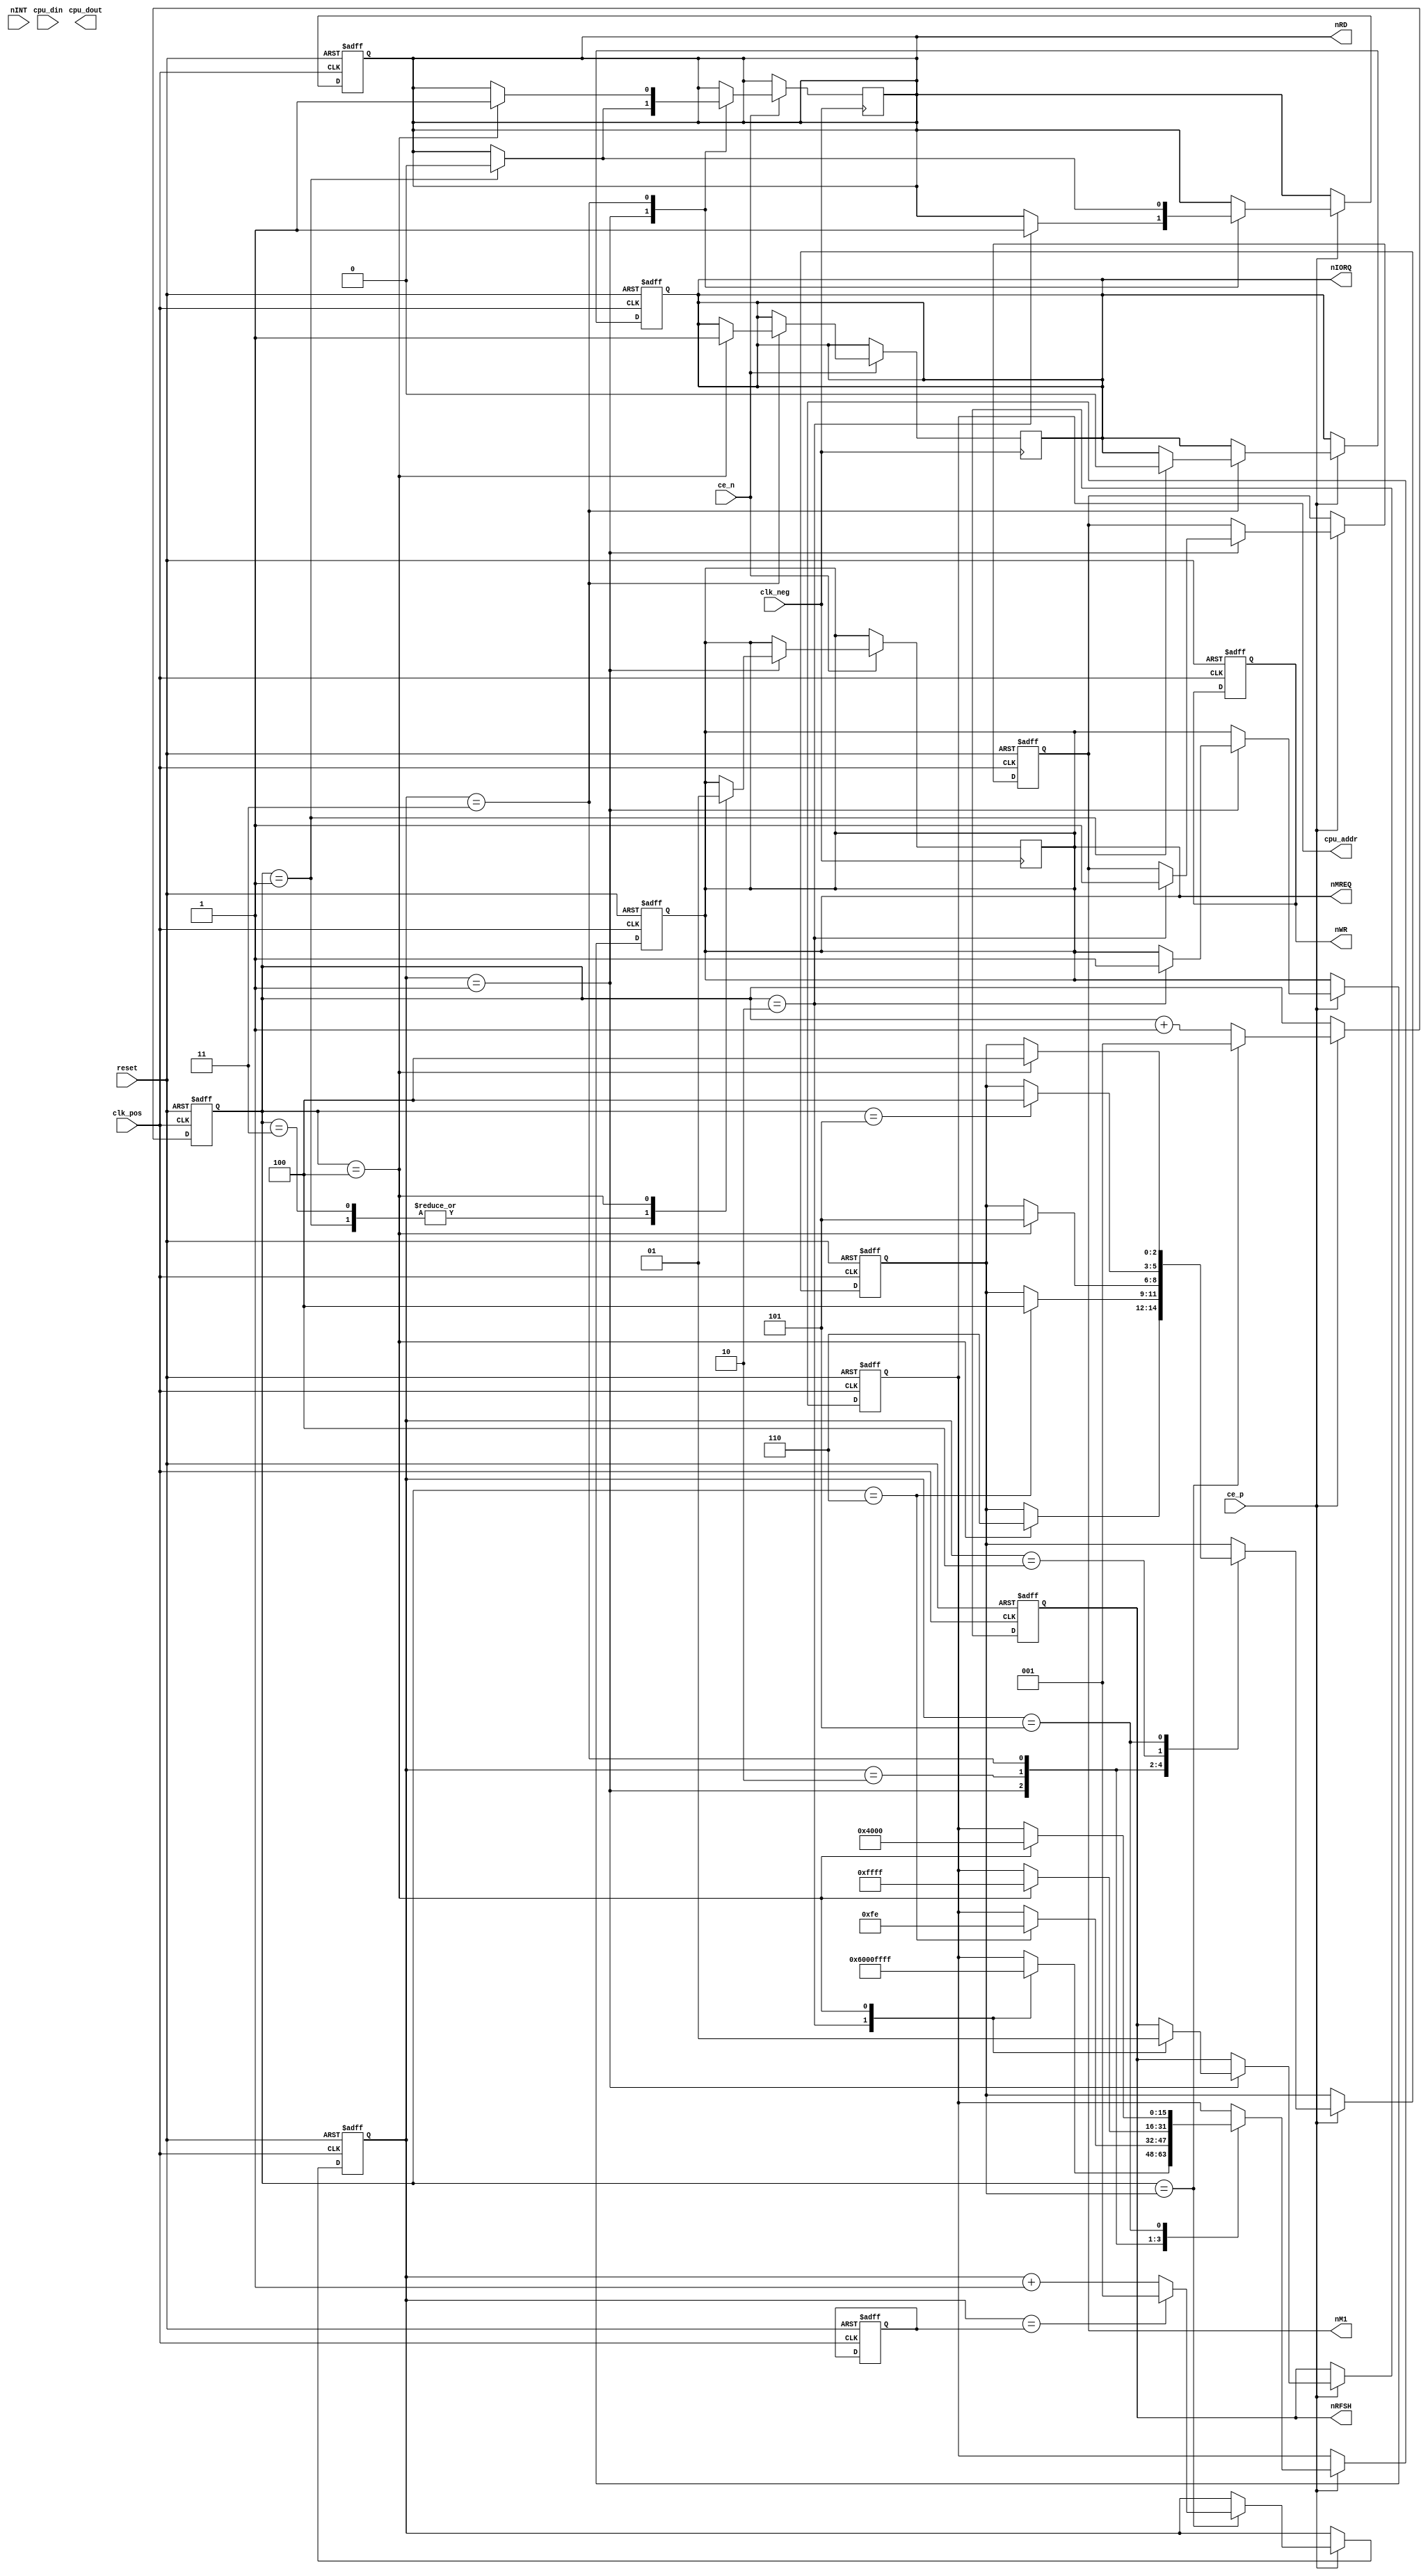
module CPU (
	input         reset,
	input         clk_neg,
	input         clk_pos,
	input         ce_n,
	input         ce_p,
	output [15:0] cpu_addr,
	output  [7:0] cpu_dout,
	input   [7:0] cpu_din,
	output reg    nMREQ,
	output reg    nIORQ,
	input         nINT,
	output reg    nRD,
	output reg    nWR,
	output reg    nM1,
	output reg    nRFSH
);

reg [2:0] MCycle, MCycles;
reg [2:0] TState, TStates;

reg [15:0] A;

assign cpu_addr = A;

always @(posedge clk_pos, posedge reset) begin
	if (reset) begin
		MCycle <= 5;
		MCycles <= 5;
		TState <= 1;
		TStates <= 4;
		A <= 16'h0000;
		nMREQ <= 1;
		nIORQ <= 1;
		nRD <= 1;
		nWR <= 1;
		nM1 <= 0;
		nRFSH <= 1;
	end else if (ce_p)  begin

		if (TState == TStates) begin
			TState <= 1;
			if (MCycle == MCycles)
				MCycle <= 1;
			else
				MCycle <= MCycle + 1'd1;
		end else begin
			TState <= TState + 1'd1;
		end

		case (MCycle)
		1: // contented M1
			case (TState)
				2: begin {nMREQ, nRD, nM1} <= 3'b111; nRFSH <= 0; A<=16'h6000; end
				4: begin nRFSH <= 1; A<=16'hFFFF; TStates <= 6; end
			default: ;
			endcase

		2:
			case (TState)
			6: begin A<=16'h00FE; TStates <= 4; end
			default: ;
			endcase

		3: // contented IO
			case (TState)
			1: begin nIORQ <= 0; nRD <= 0; end
			4: begin A<=16'hFFFF; TStates <= 5; end
			default: ;
			endcase

		4:
			case (TState)
			5: TStates <= 4;
			default: ;
			endcase

		5:
			case (TState)
				4: begin A<=16'h4000; TStates <= 4; end
			default: ;
			endcase

			default: ;
			endcase

	end
end

// M1 cycle
always @(posedge clk_neg) begin
	if (ce_n) case (MCycle)

	1:
		case (TState)
		1: {nMREQ, nRD} <= 0;
		3: nMREQ <= 0;
		4: nMREQ <= 1;
		default: ;
		endcase

	2: ;

	3:
		case (TState)
		4: {nIORQ, nRD} <= 2'b11;
		default: ;
		endcase

	4: ;
	5: ;
	default: ;
	endcase
end

/* verilator lint_on MULTIDRIVEN */

endmodule